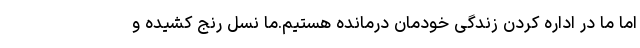
اما ما در اداره کردن زندگی خودمان درمانده هستیم.ما نسل رنج کشیده و